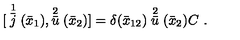
{ [ } \stackrel { 1 } { \bar { j } } ( \bar { x } _ { 1 } ) , \stackrel { 2 } { \bar { u } } ( \bar { x } _ { 2 } ) ] = \delta ( \bar { x } _ { 1 2 } ) \stackrel { 2 } { \bar { u } } ( \bar { x } _ { 2 } ) C \ .